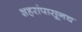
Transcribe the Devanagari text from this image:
शहरांपासूनच